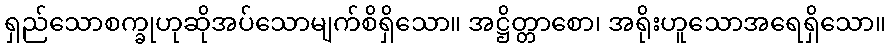
ရှည်သောစက္ခုဟုဆိုအပ်သောမျက်စိရှိသော။ အဋ္ဌိတ္တာစော၊ အရိုးဟူသောအရေရှိသော။